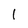
Character: 1